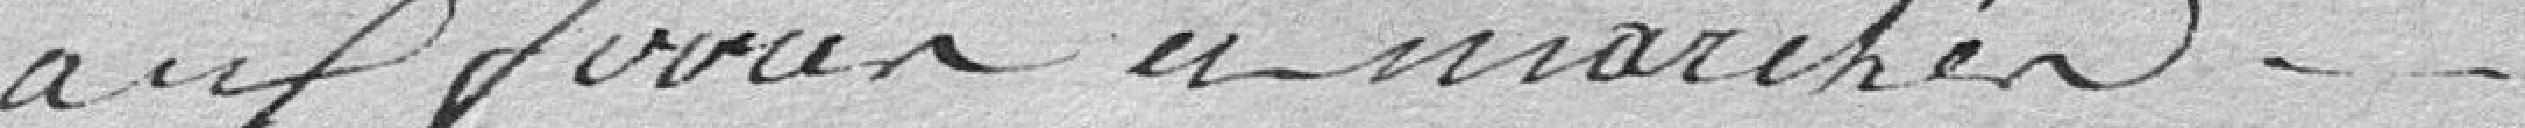
aux foires et marchés